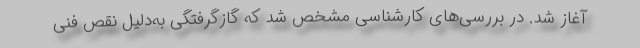
آغاز شد. در بررسی‌های کارشناسی مشخص شد که گازگرفتگی به‌دلیل نقص فنی